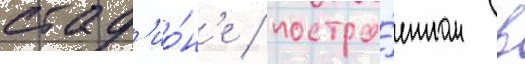
стад'ио́н'е / постро́енном в